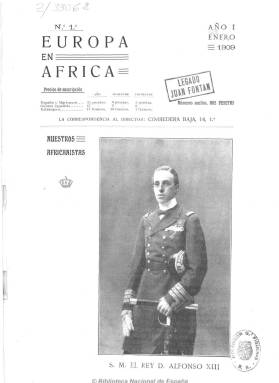
Título: Europa en África
Colección: África
Ámbito geográfico: Madrid
Lugar de publicación: Madrid
Fechas: 01/01/1909-31/12/1909

Revista mensual especializada en asuntos africanos en un momento de consolidación del colonialismo europeo y de renacimiento del africanismo español, que defiende los derechos preferentes de España a intervenir antes que ningún otro país europeo en los asuntos de Marruecos. Fundada y dirigida por el capitán de Estado Mayor y vocal de la directiva de la Real Sociedad Geográfica, Emilio Borrajo, su objetivo es fomentar el interés de la acción española y europea sobre el continente africano, a través de artículos sobre historia, geografía, asuntos comerciales, industriales, agrícolas, financieros, militares y culturales, con inclusión de datos estadísticos, cuyos colaboradores son prestigiosos estudiosos africanistas, entre los que se encuentran Enrique D’Almonte, E. Bonelli o Federico Pita y otros altos mandos del ejército español. Muy ilustrada, inserta retratos de personajes y otras fotografías, mapas y croquis, principalmente de las posesiones y colonias españolas: Ceuta, Melilla, Marruecos, Río de Oro, Sáhara y Guinea.

Como medio de propaganda hacia las cuestiones africanistas, sus artículos y noticias tratan también sobre las colonias de otros Estados europeos. Publica crónicas parlamentarias sobre los asuntos africanistas, las conclusiones del segundo congreso africanista celebrado en Zaragoza en 1908, las actividades de la Junta Consultiva de las posesiones españolas del África occidental, constituida en 1903, así como las exploraciones y estudios sobre los misioneros en África, derechos históricos sobre las posesiones españolas, avances de la civilización española en el imperio marroquí,  tropas indígenas, compañías navieras, algún estudio sobre antropología indígena y también de bibliografía marroquí. Resalta asimismo la serie que Francisco Martín Arús escribe sobre la batalla de Wad-Ras, de 23 de marzo de 1860, o la de Ambrosio Huici Miranda sobre los estudios árabes en España, así como la Historia crítica de la guerra de África (1859-1860), de A. Joly, traducida por el citado Huici. Las entregas de la revista van desde las 58 páginas a superar el centenar, con foliación continuada, que forman un tomo, y debió tener una vida efímera que no debió sobrepasar el año 1909.